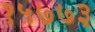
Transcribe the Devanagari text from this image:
१५७७३